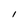
Character: I